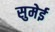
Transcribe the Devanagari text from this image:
सुमेई